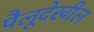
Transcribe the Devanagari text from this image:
पैलूदेखील